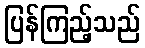
ပြန်ကြည့်သည်